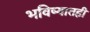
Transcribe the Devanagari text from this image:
भविष्यातही